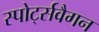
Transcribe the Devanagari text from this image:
स्पोर्ट्सवैगन